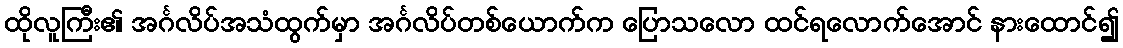
ထိုလူကြီး၏ အင်္ဂလိပ်အသံထွက်မှာ အင်္ဂလိပ်တစ်ယောက်က ပြောသလော ထင်ရလောက်အောင် နားထောင်၍